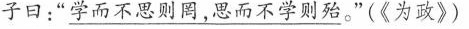
子曰：”学而不思则罔，思而不学则殆。”(《为政》)